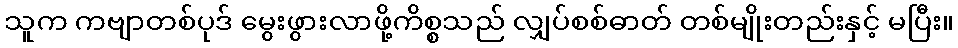
သူက ကဗျာတစ်ပုဒ် မွေးဖွားလာဖို့ကိစ္စသည် လျှပ်စစ်ဓာတ် တစ်မျိုးတည်းနှင့် မပြီး။